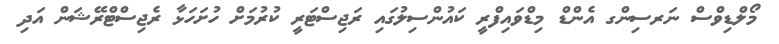
މޯލްޑިވްސް ނަރސިންގ އެންޑް މިޑްވައިފްރީ ކައުންސިލުގައި ރަޖިސްޓަރީ ކުރުމަށް ހުށަހަޅާ ރެޖިސްޓްރޭޝަން އަދި